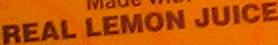
REAL LEMON JUICE